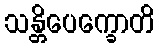
သန္တိပေက္ခောတိ